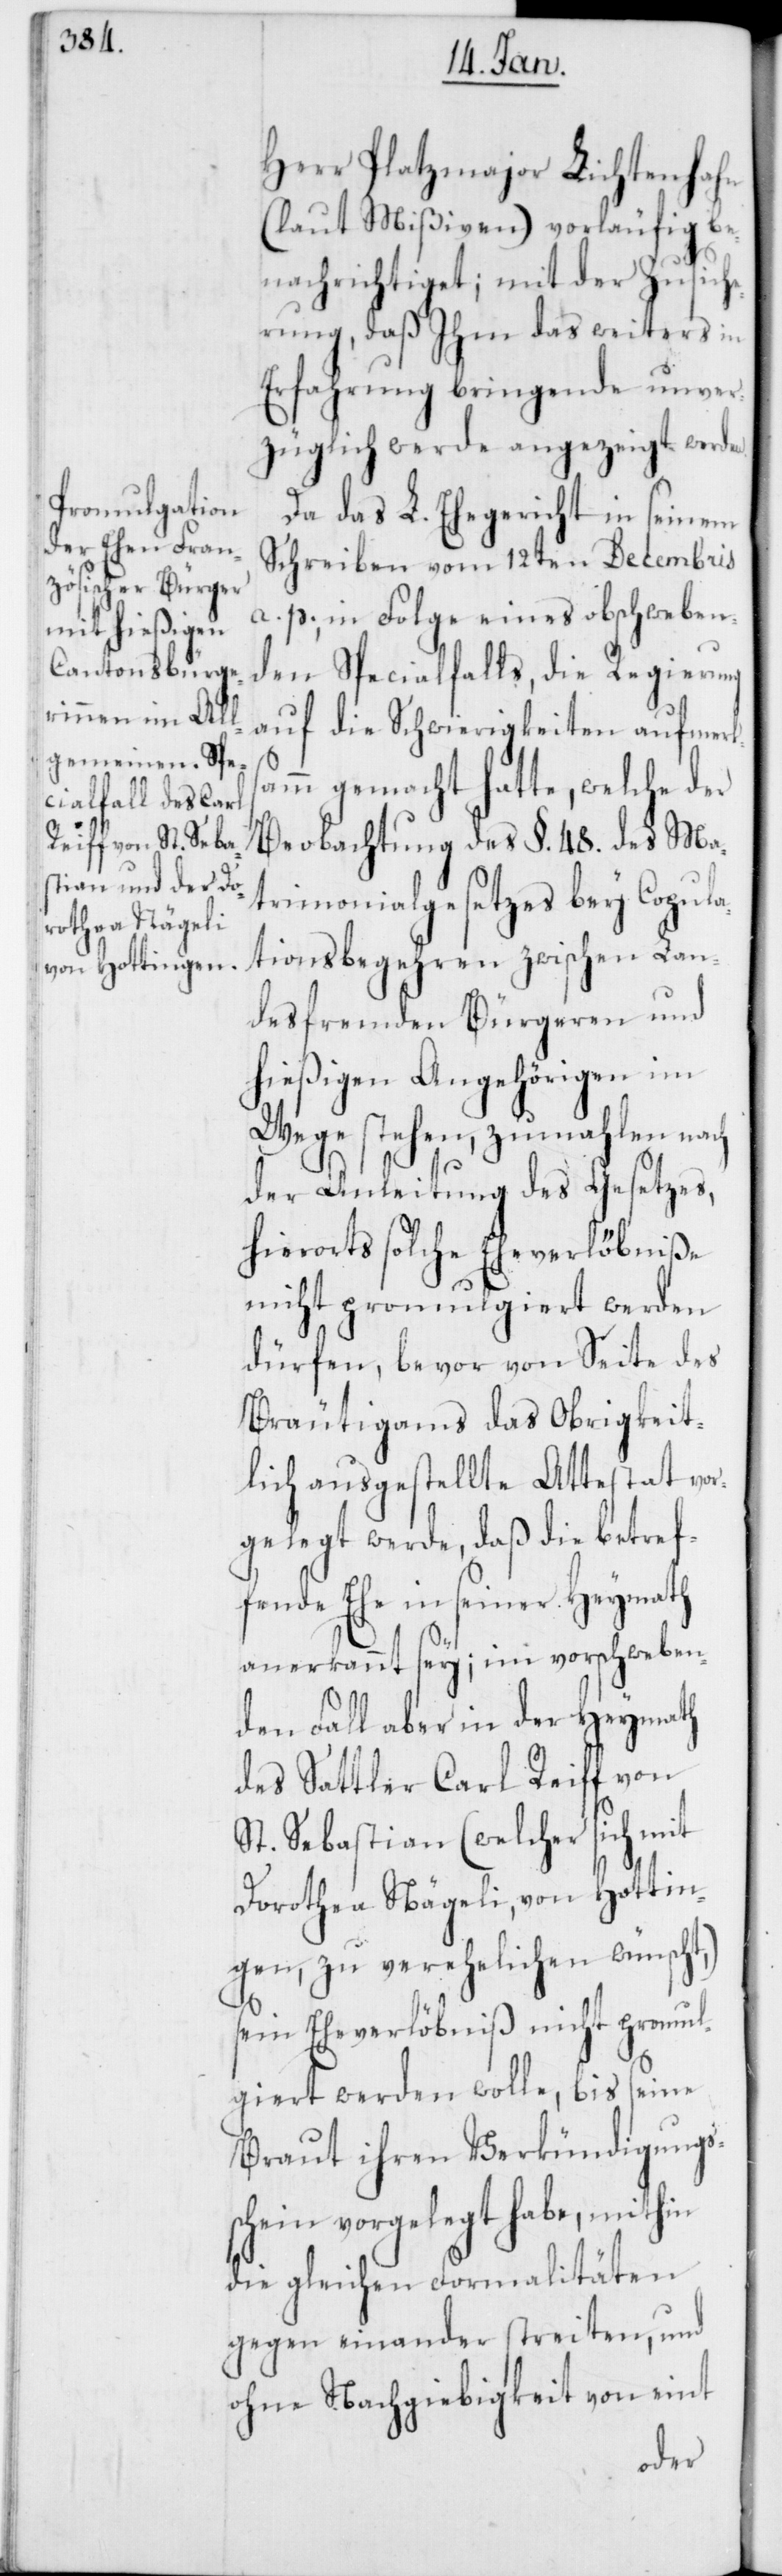
Herr Platzmajor Lichtenhahn
(laut Mißiven) vorläufig be¬
nachrichtiget; mit der Zusich¬
erung, daß Ihm das weiters in
Erfahrung bringende unver¬
züglich werde angezeigt werden.
Da das L. Ehegericht in seinem
Schreiben vom 12ten Decembris
a. p., in Folge eines obschweben¬
den Specialfalls, die Regierung
auf die Schwierigkeiten aufmerks¬
amm gemacht hatte, welche der
Beobachtung des §. 48. des Ma¬
trimonialgesetzes bey Copula¬
tionsbegehren zwischen Lan¬
desfremden Bürgeren und
hießigen Angehörigen im
Wege stehen, zumahlen nach
der Anleitung des Gesetzes,
hierorts solche Eheverlöbniße
nicht promulgiert werden
dürfen, bevor von Seite des
Bräutigams das Obrigkeit¬
lich ausgestellte Attestat vor¬
gelegt werde, daß die betref¬
fende Ehe in seiner Heymath
anerkannt sey; im vorschweben¬
den Fall aber in der Heymath
des Sattler Carl Reiff von
St. Sebastian (welcher sich mit
Dorothea Nägeli, von Hottin¬
gen, zu verehelichen wünscht,)
sein Eheverlöbniß nicht promul¬
giert werden wolle, bis seine
Braut ihren Verkündigungs¬
schein vorgelegt habe, mithin
die gleichen Formalitäten
gegen einander streiten, und
ohne Nachgiebigkeit von eint